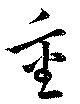
重